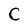
Character: C